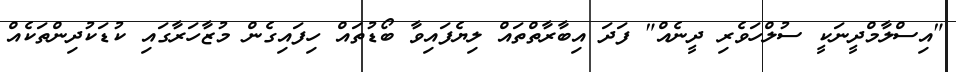
"އިސްލާމްދީނަކީ ސުލްހަވެރި ދީނެއް" ފަދަ އިބާރާތްތައް ލިޔެފައިވާ ބޯޑުތައް ހިފައިގެން މުޒާހަރާގައި ކުޑަކުދިންތަކެއް